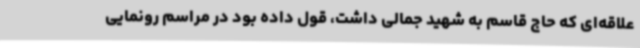
علاقه‌ای که حاج قاسم به شهید جمالی داشت، قول داده بود در مراسم رونمایی